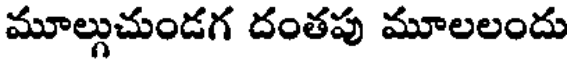
మూల్గుచుండగ దంతపు మూలలందు